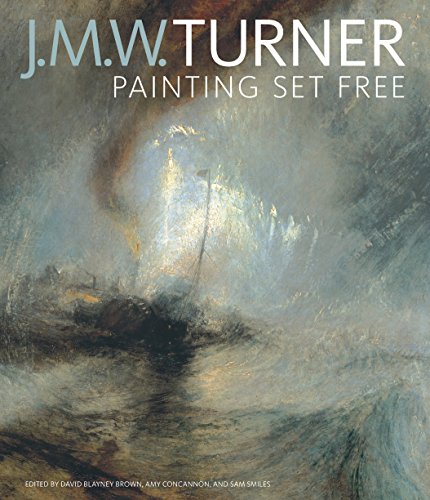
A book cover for J. M. W. Turner: Painting Set Free; Arts & Photography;